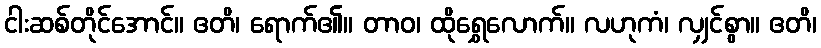
ငါးဆစ်တိုင်အောင်။ ဧတိ၊ ရောက်၏။ တာဝ၊ ထိုရွှေလောက်။ လဟုကံ၊ လျှင်စွာ။ ဧတိ၊